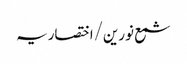
شمع نورین/اختصاریہ